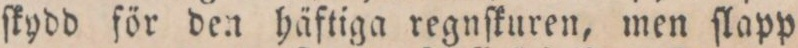
ſkydd för den häftiga regnſkuren, men ſlapp